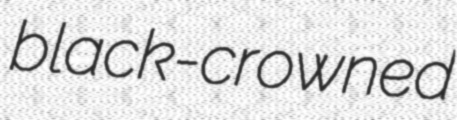
black-crowned